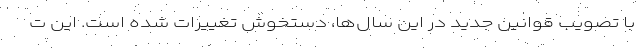
با تصویب قوانین جدید در این سال‌ها، دستخوش تغییرات شده است. این ت